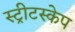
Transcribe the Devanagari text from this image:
स्ट्रीटस्केप